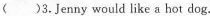
()3.Jenny would like a hot dog.